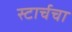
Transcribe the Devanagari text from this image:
स्टार्चचा